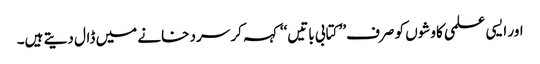
اور ایسی علمی کاوشوں کو صرف’’ کتابی باتیں‘‘ کہہ کر سرد خانے میں ڈال دیتے ہیں۔